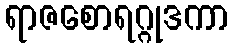
ရာဇစောရဂ္ဂုဒကာ